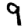
Digit: 9